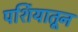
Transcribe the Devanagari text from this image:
पर्शियातून